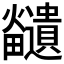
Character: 𪺊